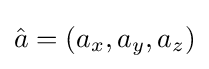
{\hat {a}}=(a_{x},a_{y},a_{z})